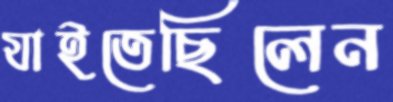
যাইতেছিলেন